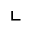
\llcorner